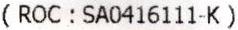
( ROC : SA0416111-K )